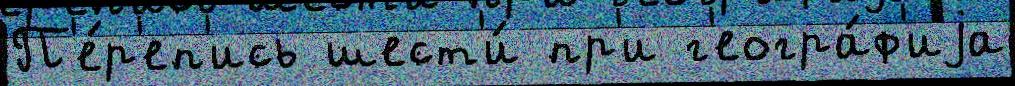
П'е́р'еп'ись шест'и́ пр'и г'еогра́ф'иjа